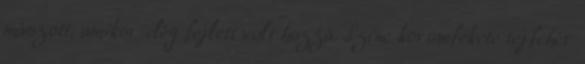
mászott, amikor elég fejlett volt hozzá. Színe koromfekete tejfehér